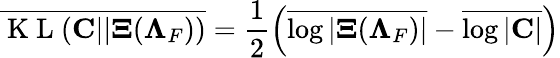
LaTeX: \overline{{\mathrm{~K~L~}({\mathbf C}||{\mathbf\Xi}({\mathbf\Lambda_{F}}))}}=\frac{1}{2}\left(\overline{{\log|{\mathbf\Xi}({\mathbf\Lambda_{F}})|}}-\overline{{\log|{\mathbf C}|}}\right)